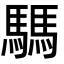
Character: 騳